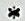
*